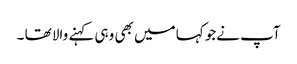
آپ نےجو کہا میں بھی وہی کہنے والا تھا ۔